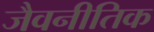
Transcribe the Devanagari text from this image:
जैवनीतिक